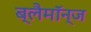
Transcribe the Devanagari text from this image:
ब्लैमॉन्ज